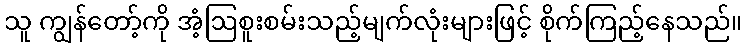
သူ ကျွန်တော့်ကို အံ့ဩစူးစမ်းသည့်မျက်လုံးများဖြင့် စိုက်ကြည့်နေသည်။